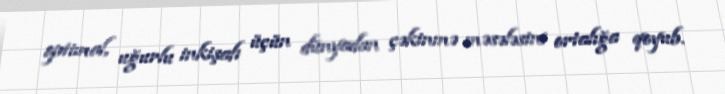
optimal, uğurlu inkişafı üçün dünyadan çəkinmə məsələsini ortalığa qoyub.